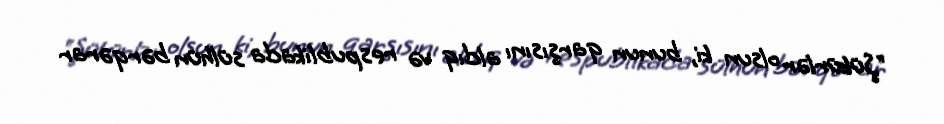
“Şükürlər olsun ki, bunun qarşısını aldıq və respublikada sülhün bərqərar